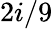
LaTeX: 2i/9